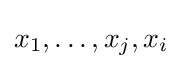
x_{1},\ldots ,x_{j},x_{i}